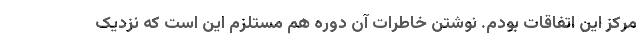
مرکز این اتفاقات بودم. نوشتن خاطرات آن دوره هم مستلزم این است که نزدیک